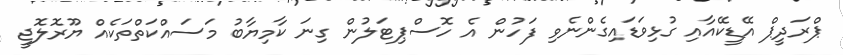
ޕްރަދީޕް އޭޑީކޭއާއި ގުޅިވަޑައިގެންނެވި ފަހުން އެ ހޮސްޕިޓަލުން ގިނަ ކާމިޔާބު މަސައްކަތްތަކެއް ޔޫރޮލޮޖީ